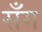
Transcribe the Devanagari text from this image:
सँग